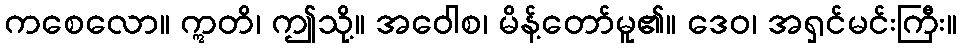
ကစေလော။ ဣတိ၊ ဤသို့။ အဝေါစ၊ မိန့်တော်မူ၏။ ဒေဝ၊ အရှင်မင်းကြီး။